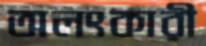
অলংকারী